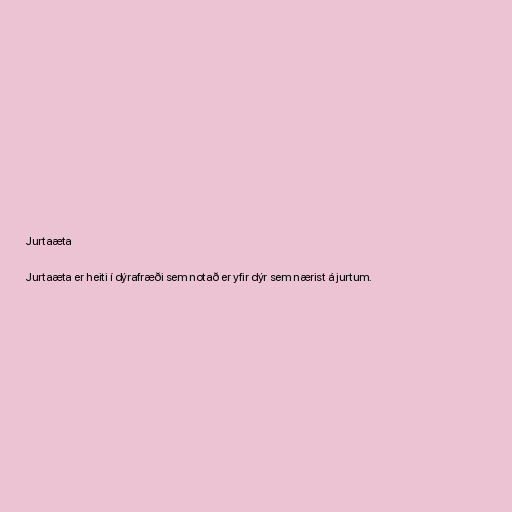
Jurtaæta

Jurtaæta er heiti í dýrafræði sem notað er yfir dýr sem nærist á jurtum.